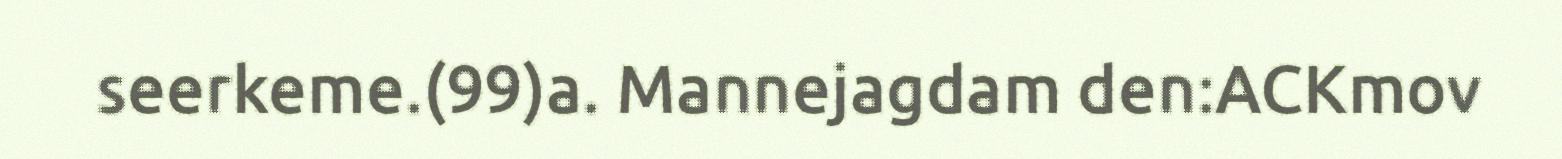
seerkeme.(99)a. Mannejagdam den:ACKmov